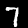
Label: 7